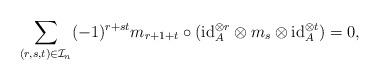
LaTeX: \begin{align*} \sum_{(r,s,t) \in \mathcal{I}_{n}} (-1)^{r + s t} m_{r + 1 + t} \circ (\mathrm{id}_{A}^{\otimes r} \otimes m_{s} \otimes \mathrm{id}_{A}^{\otimes t}) = 0,\end{align*}